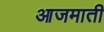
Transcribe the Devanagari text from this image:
आजमाती